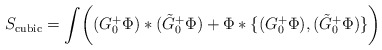
\begin{align*}S_{\mathrm{cubic}}=\int\biggl((G_0^+\Phi)*(\tilde{G}_0^+\Phi)+\Phi*\{(G_0^+\Phi),(\tilde{G}_0^+\Phi)\}\biggr) \end{align*}